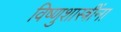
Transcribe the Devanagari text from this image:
विष्णुशास्त्रींना